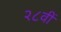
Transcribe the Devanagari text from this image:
२८वीं